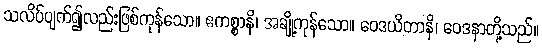
သလိပ်ပျက်၍လည်းဖြစ်ကုန်သော။ ဧကစ္စာနိ၊ အချို့ကုန်သော။ ဝေဒယိတာနိ၊ ဝေဒနာတို့သည်။